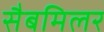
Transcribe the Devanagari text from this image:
सैबमिलर